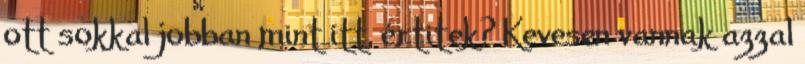
ott sokkal jobban mint itt, értitek? Kevesen vannak azzal